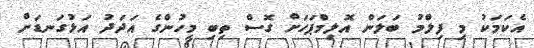
އެކަމަކު މި ފިލްމު ބަލަން އޮލިމްޕަހަށް ގޮސް ތިބި މީހުންގެ އަދަދު އަޅުގަނޑަށް